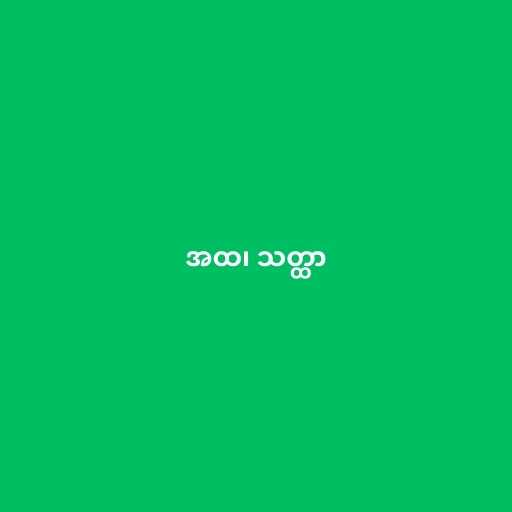
အထ၊ သတ္ထာ